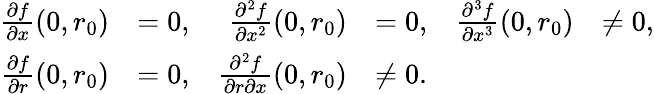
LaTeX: {\begin{array}{rlrlrl}{{\frac{\partial f}{\partial x}}(0,r_{0})}&{=0,}&{{\frac{\partial^{2}f}{\partial x^{2}}}(0,r_{0})}&{=0,}&{{\frac{\partial^{3}f}{\partial x^{3}}}(0,r_{0})}&{\neq 0,}\\ {{\frac{\partial f}{\partial r}}(0,r_{0})}&{=0,}&{{\frac{\partial^{2}f}{\partial r\partial x}}(0,r_{0})}&{\neq 0.}\end{array}}